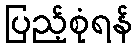
ပြည့်စုံရန်